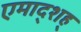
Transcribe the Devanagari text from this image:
एमाद्शह्